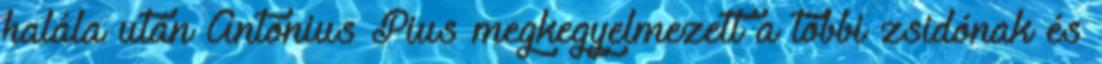
halála után Antonius Pius megkegyelmezett a többi zsidónak és